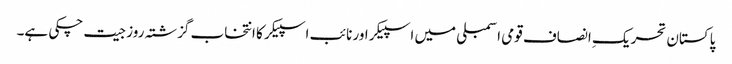
پاکستان تحریکِ انصاف قومی اسمبلی میں اسپیکر اور نائب اسپیکر کا انتخاب گزشتہ روز جیت چکی ہے۔